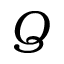
Q